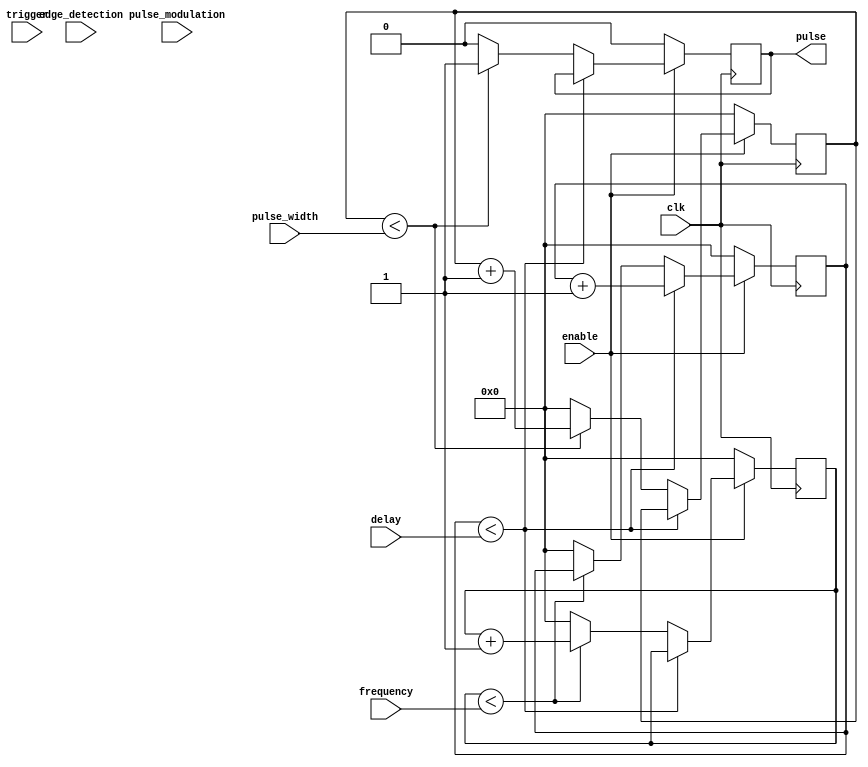
module ProgrammablePulseGenerator (
    input wire clk,
    input wire enable,
    input wire [15:0] pulse_width,
    input wire [15:0] frequency,
    input wire [15:0] delay,
    input wire trigger,
    input wire edge_detection,
    input wire pulse_modulation,
    output reg pulse
);

reg [15:0] counter;
reg [15:0] pulse_count;
reg [15:0] delay_count;
reg trigger_detected;
reg edge_detected;

always @(posedge clk) begin
    if (enable) begin
        if (trigger) begin
            trigger_detected <= 1;
        end
        if (edge_detection) begin
            if (trigger && !trigger_detected) begin
                edge_detected <= 1;
            end
        end
        if (pulse_modulation) begin
            // Add pulse modulation logic here
        end
        if (delay_count < delay) begin
            delay_count <= delay_count + 1;
        end else begin
            if (counter < pulse_width) begin
                pulse <= 1;
                counter <= counter + 1;
            end else begin
                pulse <= 0;
                counter <= 0;
            end
            if (pulse_count < frequency) begin
                pulse_count <= pulse_count + 1;
            end else begin
                pulse_count <= 0;
                delay_count <= 0;
            end
        end
    end else begin
        pulse <= 0;
        counter <= 0;
        pulse_count <= 0;
        delay_count <= 0;
        trigger_detected <= 0;
        edge_detected <= 0;
    end
end

endmodule